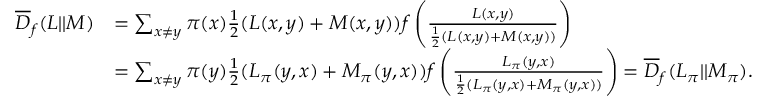
\begin{array} { r l } { \overline { { D } } _ { f } ( L | | M ) } & { = \sum _ { x \neq y } \pi ( x ) \frac { 1 } { 2 } ( L ( x , y ) + M ( x , y ) ) f \left( \frac { L ( x , y ) } { \frac { 1 } { 2 } ( L ( x , y ) + M ( x , y ) ) } \right) } \\ & { = \sum _ { x \neq y } \pi ( y ) \frac { 1 } { 2 } ( L _ { \pi } ( y , x ) + M _ { \pi } ( y , x ) ) f \left( \frac { L _ { \pi } ( y , x ) } { \frac { 1 } { 2 } ( L _ { \pi } ( y , x ) + M _ { \pi } ( y , x ) ) } \right) = \overline { { D } } _ { f } ( L _ { \pi } | | M _ { \pi } ) . } \end{array}